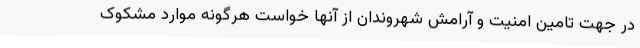
در جهت تامین امنیت و آرامش شهروندان از آنها خواست هرگونه موارد مشکوک